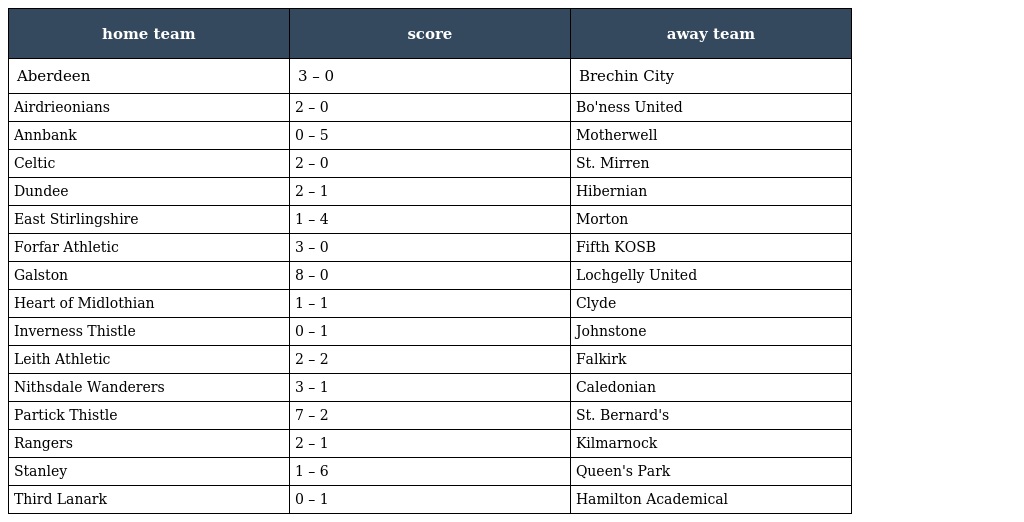
| home team | score | away team |
 | --- | --- | --- |
 | Aberdeen | 3 – 0 | Brechin City |
 | Airdrieonians | 2 – 0 | Bo'ness United |
 | Annbank | 0 – 5 | Motherwell |
 | Celtic | 2 – 0 | St. Mirren |
 | Dundee | 2 – 1 | Hibernian |
 | East Stirlingshire | 1 – 4 | Morton |
 | Forfar Athletic | 3 – 0 | Fifth KOSB |
 | Galston | 8 – 0 | Lochgelly United |
 | Heart of Midlothian | 1 – 1 | Clyde |
 | Inverness Thistle | 0 – 1 | Johnstone |
 | Leith Athletic | 2 – 2 | Falkirk |
 | Nithsdale Wanderers | 3 – 1 | Caledonian |
 | Partick Thistle | 7 – 2 | St. Bernard's |
 | Rangers | 2 – 1 | Kilmarnock |
 | Stanley | 1 – 6 | Queen's Park |
 | Third Lanark | 0 – 1 | Hamilton Academical |